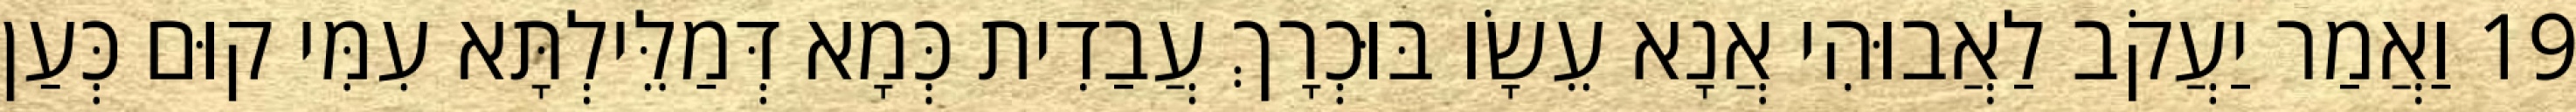
19 וַאֲמַר יַעֲקֹב לַאֲבוּהִי אֲנָא עֵשָׂו בּוּכְרָךְ עֲבַדִית כְּמָא דְּמַלֵּילְתָּא עִמִּי קוּם כְּעַן